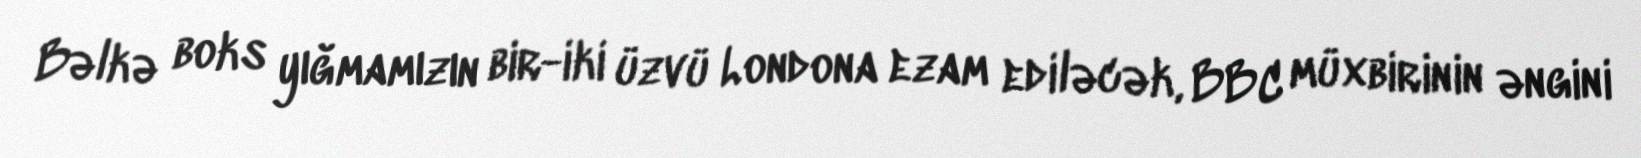
Bəlkə boks yığmamızın bir-iki üzvü Londona ezam ediləcək, BBC müxbirinin əngini